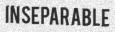
INSEPARABLE